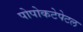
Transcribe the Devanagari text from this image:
पोपोकटेपेटल